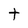
Character: t